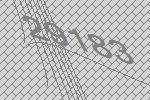
29183